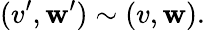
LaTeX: (v^{\prime},\mathbf{w}^{\prime})\sim(v,\mathbf{w}).